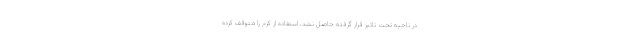
در ناحیه تحت تاثیر قرار گرفته حاصل نشد، استفاده از کرم را متوقف کرده